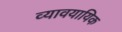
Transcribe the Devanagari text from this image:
व्यावयायिक